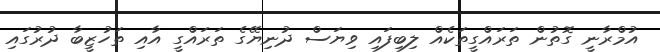
އުމްރާނީ ގޮތުން ތަރައްގީތަކެއް ލިބިފައި ވިޔަސް ދުނިޔޭގެ ތަރައްގީ އާއި ތަހުޒީބާ ދުރުގައި